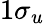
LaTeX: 1\sigma_{u}